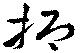
抑